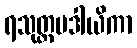
ရသုတ္တမဒါယိကာ